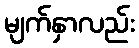
မျက်နှာလည်း